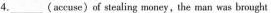
4.___(accuse)of stealing money,the man was brought